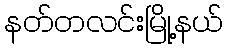
နတ်တလင်းမြို့နယ်